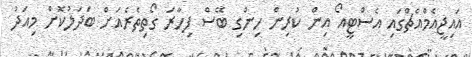
އައިޖީއެމްއެޗްގައި އެސްޓީއޯ އިން ކުރިން ހިންގި ބޭސް ފިހާރަ ގޯތިތެރެއަށް ބަދަލުކޮށް މިއަދު